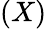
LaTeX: (X)